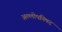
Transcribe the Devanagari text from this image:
अल्लोपनिषद